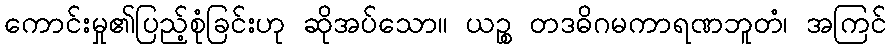
ကောင်းမှု၏ပြည့်စုံခြင်းဟု ဆိုအပ်သော။ ယဉ္စ တဒဓိဂမကာရဏဘူတံ၊ အကြင်